Language: tamil
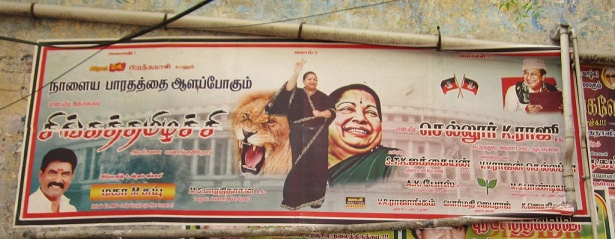
Transcription: நாளைய பாரதத்தை ஆளப்போகும் செல்லூா் ஜக்கையன் ராஜூ ராஜன் போஸ்